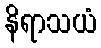
နိရာသယံ